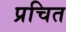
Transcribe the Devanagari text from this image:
प्रचित